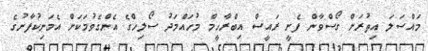
މައްސަލަ އިތުރަށް ގޯސްވާން ފެށީ ރައީސް އިބްރާހީމް މުހައްމަދު ސޯލިހްގެ އެންގެވުމަކަށް އެމަނިކުފާނުގެ